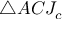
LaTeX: \triangle A C J _ { c }